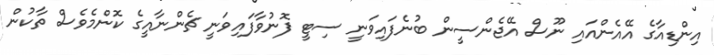
އިންޑިއާގެ އޭއެންއައި ނޫސް އޭޖެންސީން ބުނެފައިވަނީ ސިޓީ ފޮނުވާފައިވަނީ ޗެންނާއީގެ ކޮންމެވެސް ތާކުން